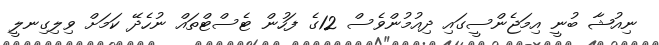
ނިއުޝާ ބުނީ އިމަޖެންސީގައި ދިއުމުންވެސް 12ގެ ފަހުން ޓެސްޓްތައް ނުހެދޭ ކަމަށް ވިލިގިނލީ